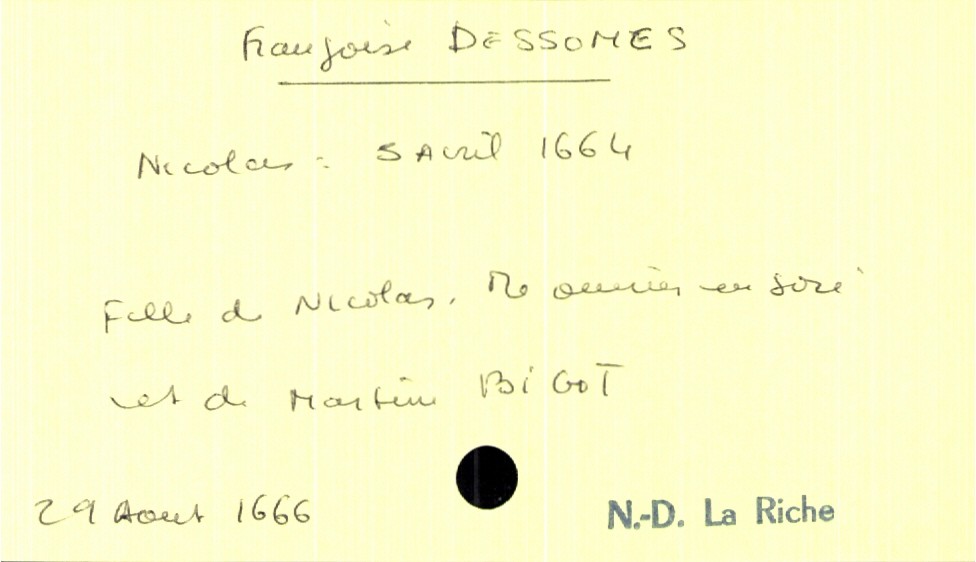
type_acte: Baptême
filiation: fille
enfant_prénom: Françoise
enfant_date_de_naissance: 29 aout 1666
enfant_lieu_de_naissance: Notre-Dame la Riche
père_enfant_nom: Dessomes
père_enfant_prénom: Nicolas
père_enfant_profession: maitre ouvrier en soie
mère_enfant_nom: Bigot
mère_enfant_prénom: Martine